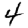
Digit: 4